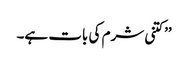
’’کتنی شرم کی بات ہے۔